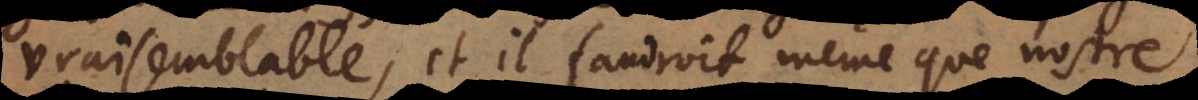
vraisemblable, et il faudrait même que nostre